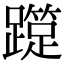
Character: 𨆑